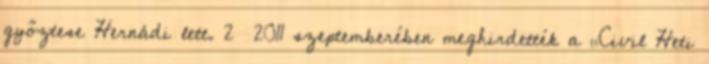
győztese Hernádi lett. 2 2011 szeptemberében meghirdették a „Civil Heti